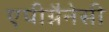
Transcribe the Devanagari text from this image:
एपीग्नैनेसी